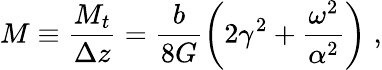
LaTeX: M\equiv\frac{M_{t}}{\Delta z}=\frac{b}{8G}\left(2\gamma^{2}+\frac{\omega^{2}}{\alpha^{2}}\right)\; ,